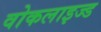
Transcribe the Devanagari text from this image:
वोकलाइज्ड